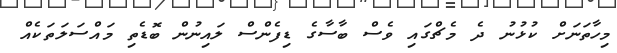
މިހާތަނަށް ކުޅުނު ދެ މެޗްގައި ވެސް ބާސާގެ ޑިފެންސް ލައިނުން ބޮޑެތި މައްސަލަތަކެއް